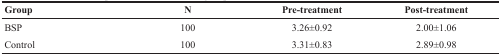
<table><thead><tr><td><b>Group</b></td><td><b>N</b></td><td><b>Pre-treatment</b></td><td><b>Post-treatment</b></td></tr></thead><tbody><tr><td>BSP</td><td>100</td><td>3.26±0.92</td><td>2.00±1.06</td></tr><tr><td>Control</td><td>100</td><td>3.31±0.83</td><td>2.89±0.98</td></tr></tbody></table>